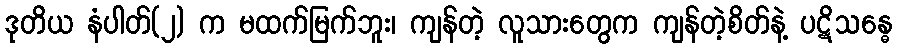
ဒုတိယ နံပါတ်(၂) က မထက်မြက်ဘူး၊ ကျန်တဲ့ လူသားတွေက ကျန်တဲ့စိတ်နဲ့ ပဋိသန္ဓေ